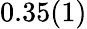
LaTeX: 0.35(1)